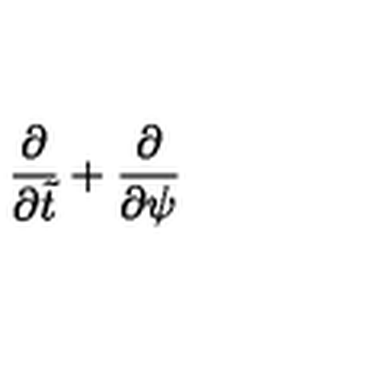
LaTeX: { \frac { \partial } { \partial \tilde { t } } } + { \frac { \partial } { \partial \psi } }